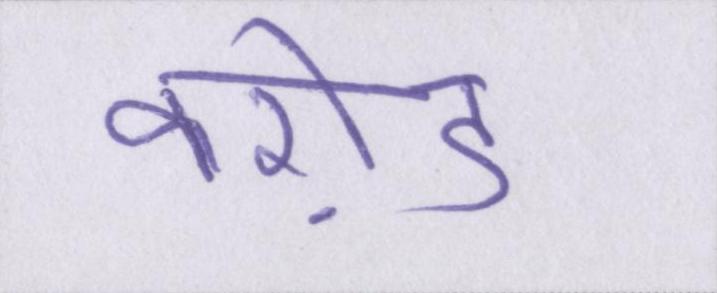
करो़ड